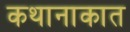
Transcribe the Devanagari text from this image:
कथानाकात